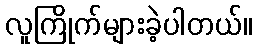
လူကြိုက်များခဲ့ပါတယ်။